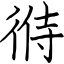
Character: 㣥